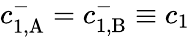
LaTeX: c_{1,\mathrm{A}}^{-}=c_{1,\mathrm{B}}^{-}\equiv c_{1}